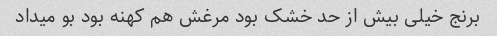
برنج خیلی بیش از حد خشک بود مرغش هم کهنه بود بو میداد